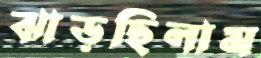
ঝাড়ছিলাম